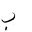
Letter: _ba